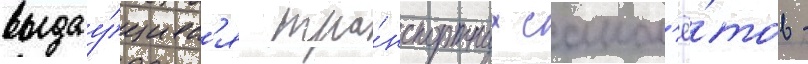
выдау́щихс'я тра́нспортных самол'ё́тов -